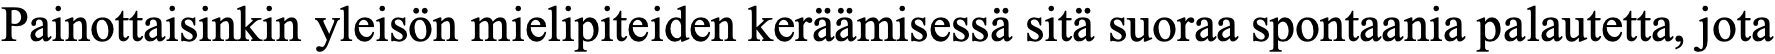
Painottaisinkin yleisön mielipiteiden keräämisessä sitä suoraa spontaania palautetta, jota